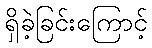
ရှိခဲ့ခြင်းကြောင့်